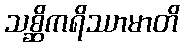
သစ္ဆိကရိဿာမာတိ